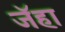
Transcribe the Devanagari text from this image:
जॅहा